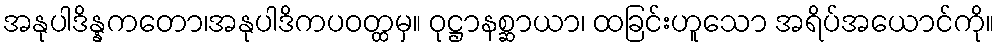
အနုပါဒိန္နကတော၊အနုပါဒိကပဝတ္ထမှ။ ဝုဋ္ဌာနစ္ဆာယာ၊ ထခြင်းဟူသော အရိပ်အယောင်ကို။